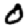
Digit: 0